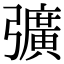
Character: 彍